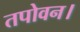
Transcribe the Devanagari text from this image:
तपोवन।